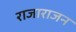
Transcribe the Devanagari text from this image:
राजाराजन